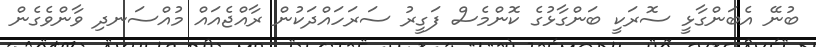
ބުނޭ އެބަންގާޅީ ސޮރަކީ ބަންގާޅުގެ ކޮންމެސް ފަގީރު ސަރަހައްދަކުން ރާއްޖެއައް މުއްސަނދި ވާންވެގެން